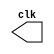
//--------------------
//CLoCk
//--------------------


module clock(clk);
	
	output clk;
	reg clk;
	
	initial begin
		clk = 1'b0;
	end
	
	always
		
		begin
			#5 clk = ~clk;
		end
		
endmodule